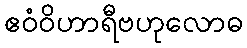
ဧဝံဝိဟာရီဗဟုလောဓ